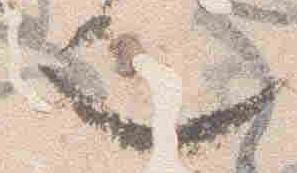
也